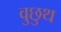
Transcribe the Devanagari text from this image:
वुछुथ